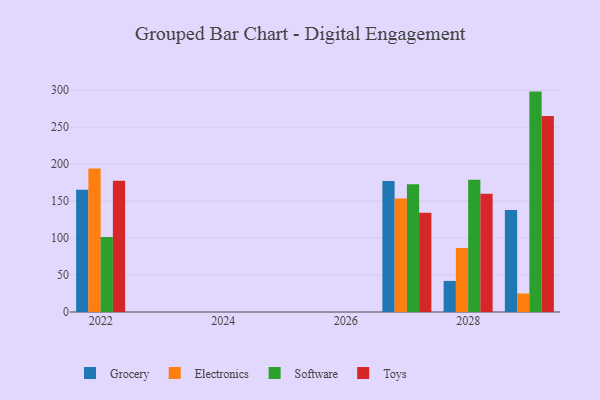
{"axis": {"x": "Year", "y": "Revenue (USD Million)"}, "legend": ["Electronics", "Grocery", "Software", "Toys"], "data": [{"x": "2029", "y": 138.0, "type": "Grocery"}, {"x": "2029", "y": 25.0, "type": "Electronics"}, {"x": "2029", "y": 298.0, "type": "Software"}, {"x": "2029", "y": 265.1, "type": "Toys"}, {"x": "2027", "y": 177.1, "type": "Grocery"}, {"x": "2027", "y": 153.3, "type": "Electronics"}, {"x": "2027", "y": 172.7, "type": "Software"}, {"x": "2027", "y": 134.2, "type": "Toys"}, {"x": "2028", "y": 42.0, "type": "Grocery"}, {"x": "2028", "y": 86.6, "type": "Electronics"}, {"x": "2028", "y": 178.9, "type": "Software"}, {"x": "2028", "y": 160.0, "type": "Toys"}, {"x": "2022", "y": 165.3, "type": "Grocery"}, {"x": "2022", "y": 194.1, "type": "Electronics"}, {"x": "2022", "y": 101.4, "type": "Software"}, {"x": "2022", "y": 177.6, "type": "Toys"}]}